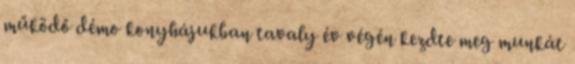
működő démo konyhájukban tavaly év végén kezdte meg munkát